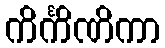
ကိင်္ကိဏိကာ